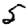
Digit: 5